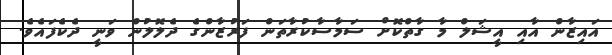
އައިޒާން އާއި އީޝަލް މާ ގާތްކޮށް ސަމާސާކުރާތަން ފަރުޒާންގެ ދެލޮލުން ވަނީ ދެކެފައެވެ.